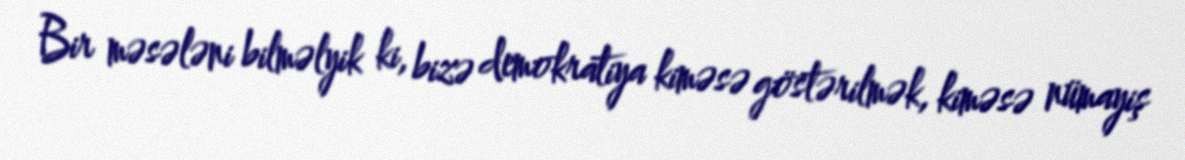
Bir məsələni bilməlyik ki, bizə demokratiya kiməsə göstərilmək, kiməsə nümayiş